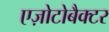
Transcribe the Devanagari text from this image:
एज़ोटोबैक्टर